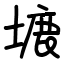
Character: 塶